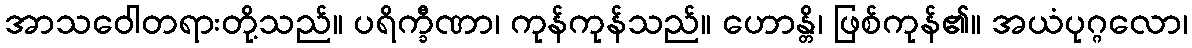
အာသဝေါတရားတို့သည်။ ပရိက္ခီဏာ၊ ကုန်ကုန်သည်။ ဟောန္တိ၊ ဖြစ်ကုန်၏။ အယံပုဂ္ဂလော၊